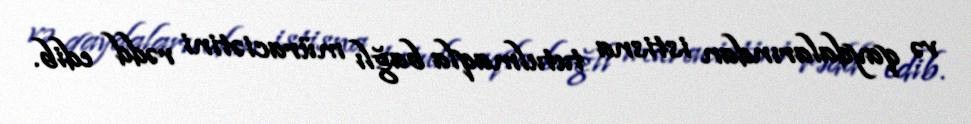
və qaydalarından istisna tutulmaqla bağlı müraciətini rədd edib.